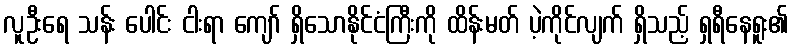
လူဦးရေ သန်း ပေါင်း ငါးရာ ကျော် ရှိသောနိုင်ငံကြီးကို ထိန်းမတ် ပဲ့ကိုင်လျက် ရှိသည့် ရှရီနေရူး၏